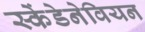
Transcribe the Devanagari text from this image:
स्केंडेनेवियन